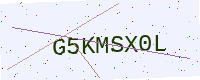
Text: G5KMSX0L